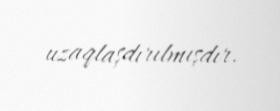
uzaqlaşdırılmışdır.